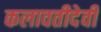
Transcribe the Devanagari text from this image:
कलावतीदेवी